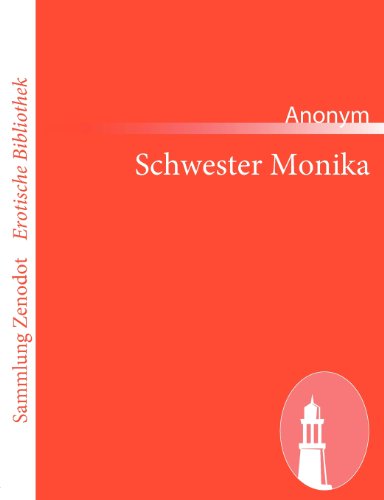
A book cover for Schwester Monika (Sammlung Zenodot\Erotische Bibliothek) (German Edition); Anonym; Teen & Young Adult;